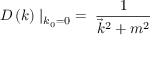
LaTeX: D \left( k \right) \mid _ { k _ { 0 } = 0 } \; = \; { \frac { 1 } { { \vec { k } } ^ { 2 } + m ^ { 2 } } }